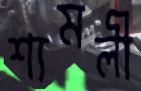
শ্যমলী